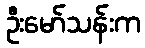
ဦးမော်သန်းက